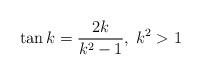
LaTeX: \begin{align*}\tan k=\frac{2k}{k^{2}-1},\; k^{2}>1\end{align*}